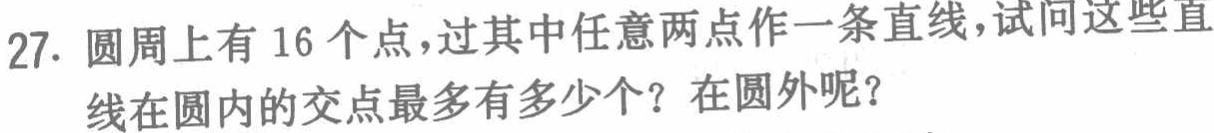
27. 圆周上有 16 个点，过其中任意两点作一条直线，试问这些直线在圆内的交点最多有多少个？在圆外呢？